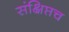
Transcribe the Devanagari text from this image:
संक्षिप्तच